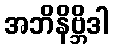
အဘိနိဗ္ဘိဒါ